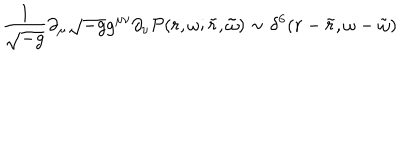
\frac { 1 } { \sqrt { - g } } \partial _ { \mu } \sqrt { - g } g ^ { \mu \nu } \partial _ { \nu } { \cal P } ( r , \omega ; \tilde { r } , \tilde { \omega } ) \sim \delta ^ { 6 } ( r - \tilde { r } , \omega - \tilde { \omega } )